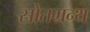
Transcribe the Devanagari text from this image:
स्रोतग्रन्थ